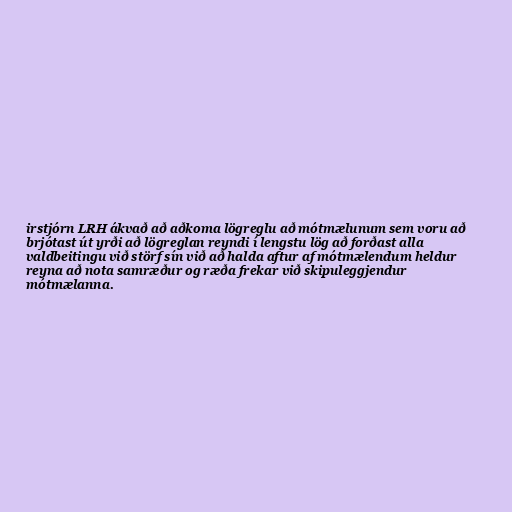
irstjórn LRH ákvað að aðkoma lögreglu að mótmælunum sem voru að
brjótast út yrði að lögreglan reyndi í lengstu lög að forðast alla
valdbeitingu við störf sín við að halda aftur af mótmælendum heldur
reyna að nota samræður og ræða frekar við skipuleggjendur
mótmælanna.